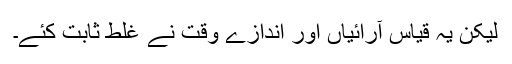
لیکن یہ قیاس آرائیاں اور اندازے وقت نے غلط ثابت کئے۔